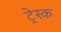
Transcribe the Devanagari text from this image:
ट्रेस्क